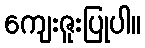
ကျေးဇူးပြုပါ။